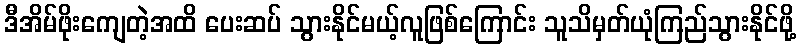
ဒီအိမ်ဖိုးကျေတဲ့အထိ ပေးဆပ် သွားနိုင်မယ့်လူဖြစ်ကြောင်း သူသိမှတ်ယုံကြည်သွားနိုင်ဖို့